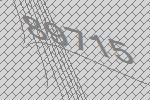
89715